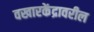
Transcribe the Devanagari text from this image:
वखारकेंद्रावरील